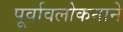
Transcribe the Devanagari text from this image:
पूर्वावलोकनाने